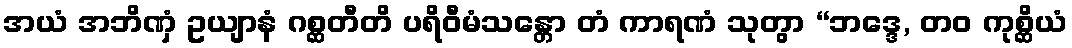
အယံ အဘိဏှံ ဥယျာနံ ဂစ္ဆတီတိ ပရိဝီမံသန္တော တံ ကာရဏံ သုတွာ “ဘဒ္ဒေ, တဝ ကုစ္ဆိယံ